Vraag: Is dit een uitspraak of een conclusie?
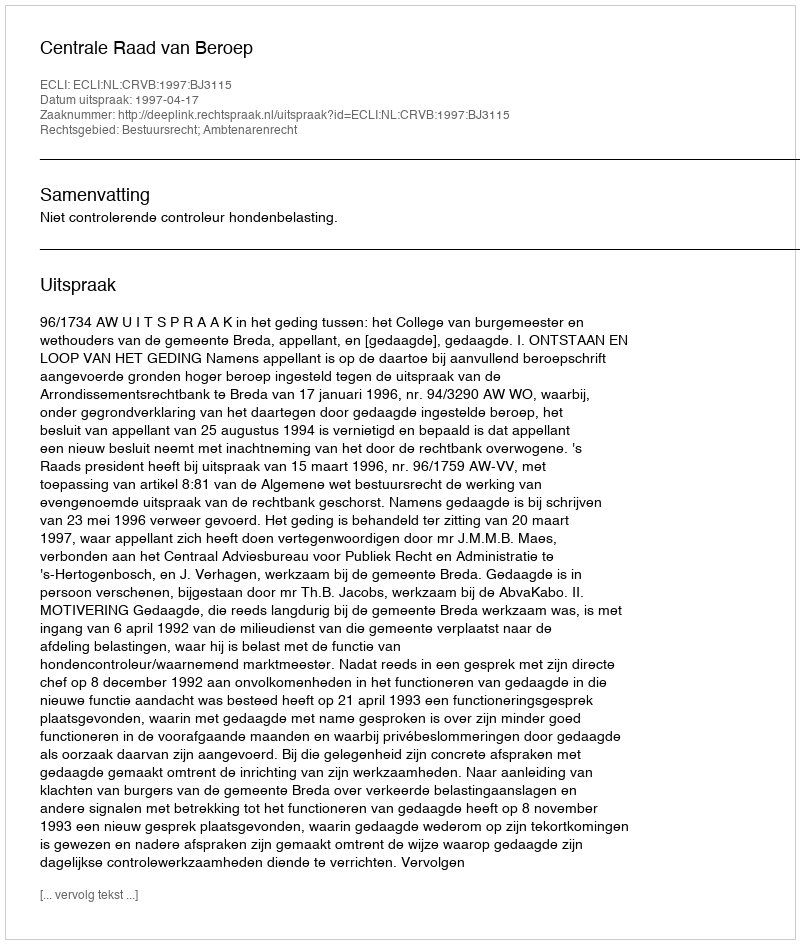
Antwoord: Uitspraak